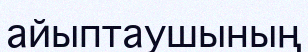
айыптаушының